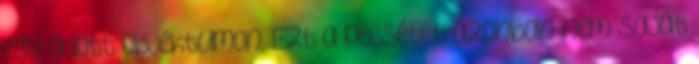
egy adott objektumon. Ezt a pecsétet azonban nem saját